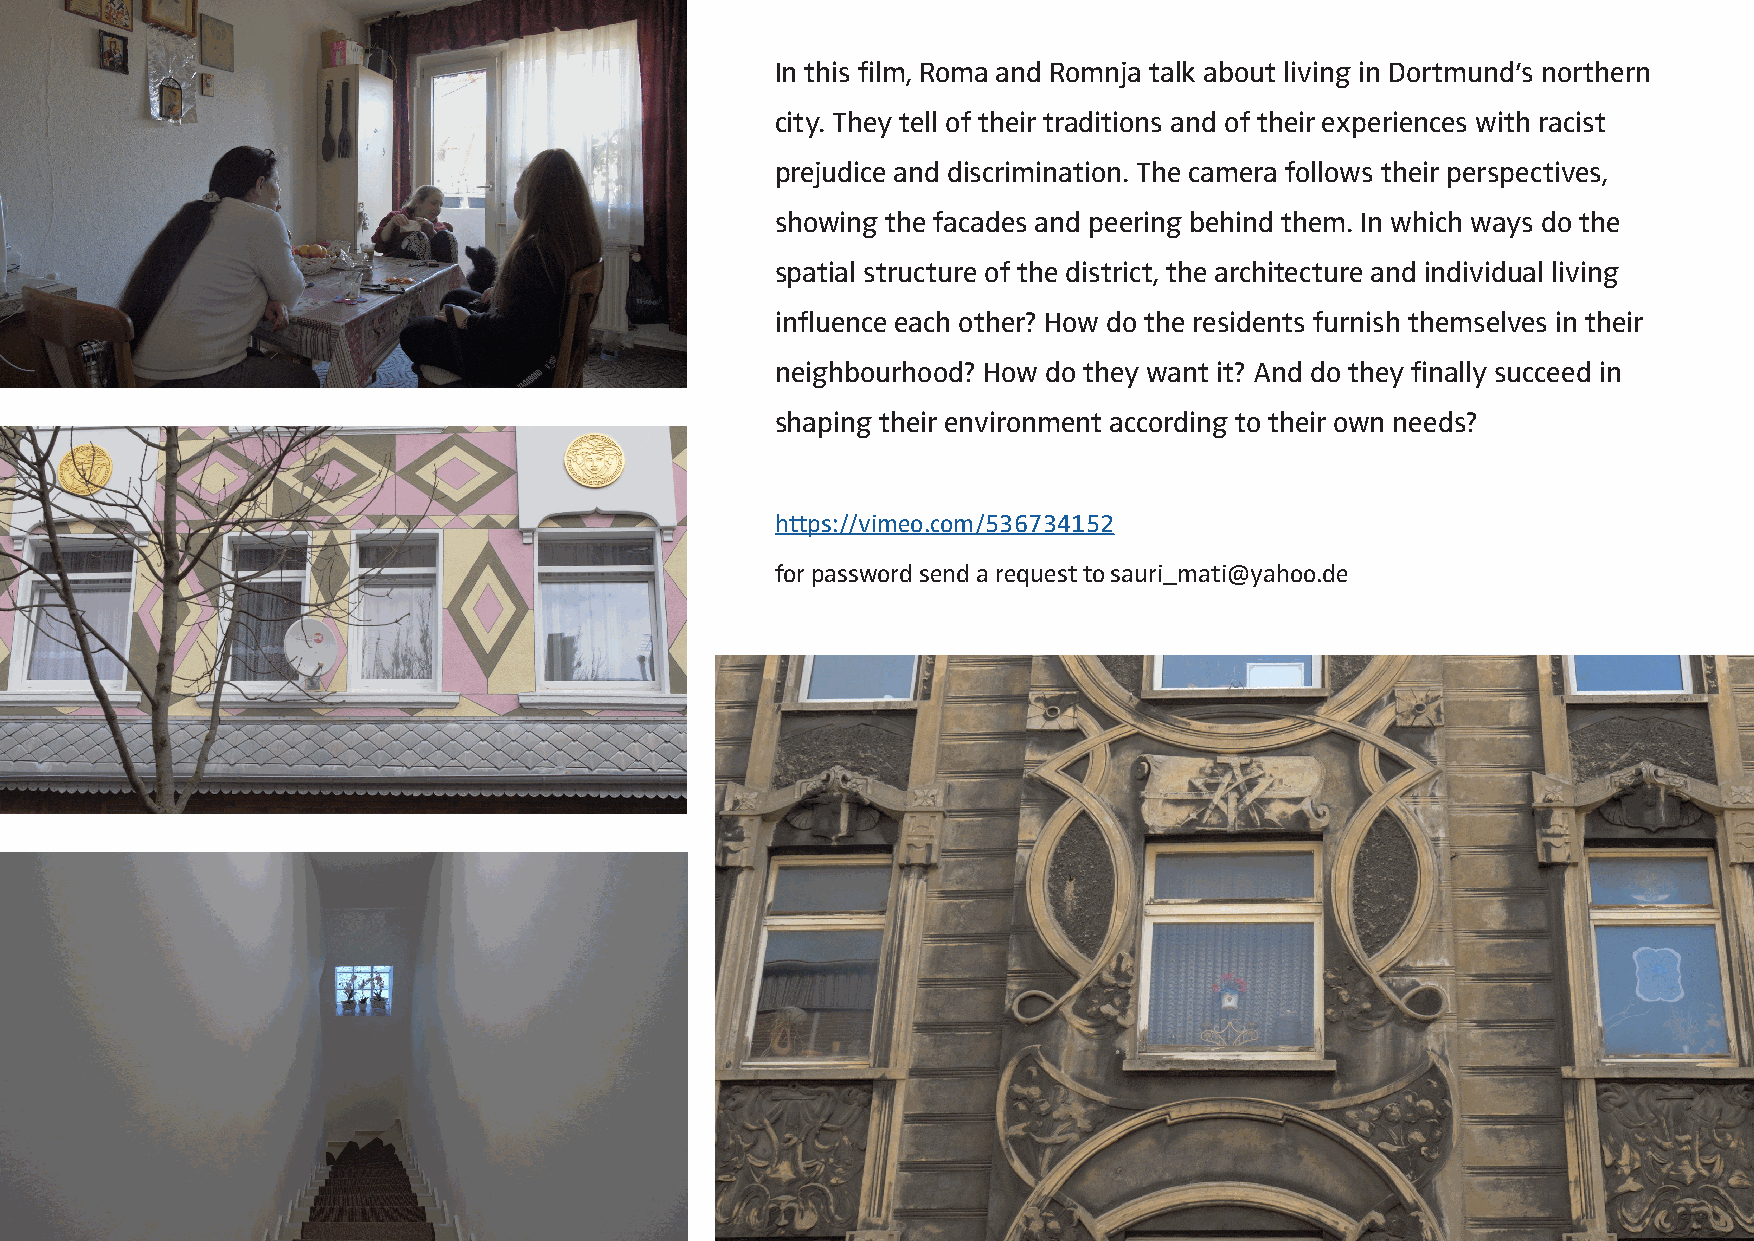
In this film, Roma and Romnja talk about living in Dortmund’s northern
 city. They tell of their traditions and of their experiences with racist
 prejudice and discrimination. The camera follows their perspectives,
 showing the facades and peering behind them. In which ways do the
 spatial structure of the district, the architecture and individual living
 influence each other? How do the residents furnish themselves in their
 neighbourhood? How do they want it? And do they finally succeed in
 shaping their environment according to their own needs?
 https://vimeo.com/536734152
 for password send a request to sauri_mati@yahoo.de